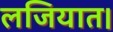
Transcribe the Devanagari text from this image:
लजियात।